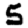
Digit: 5